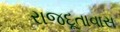
રાજદૂતાવાસ